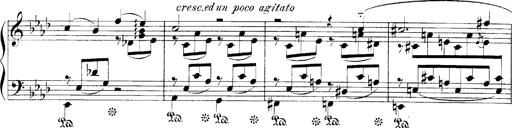
Title: LiebestrÃ¤ume
Composer: Franz Behr
Key: E-flat major